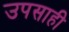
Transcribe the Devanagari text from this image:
उपसाही